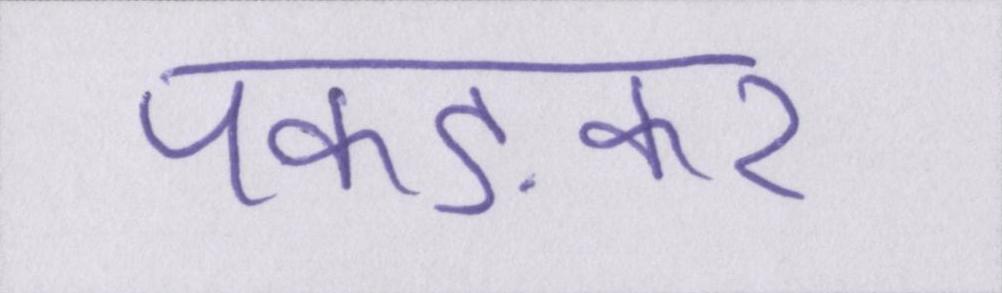
पकङकर